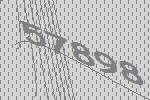
57898